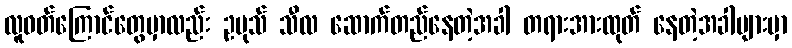
လူဝတ်ကြောင်တွေမှာလည်း ဥပုသ် သီလ ဆောက်တည်နေတဲ့အခါ တရားအားထုတ် နေတဲ့အခါများမှာ